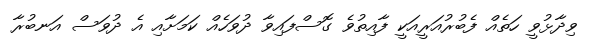
ވިދާޅުވީ ހަތެއް ފެބުރުއަރީއަކީ ފާއިތުވެ ގޮސްފައިވާ ދުވަހެއް ކަމަށާއި އެ ދުވަސް އަނބުރާ